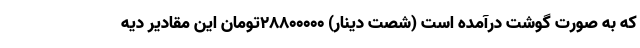
که به صورت گوشت درآمده است (شصت دینار) ۲۸۸۰۰۰۰۰تومان این مقادیر دیه